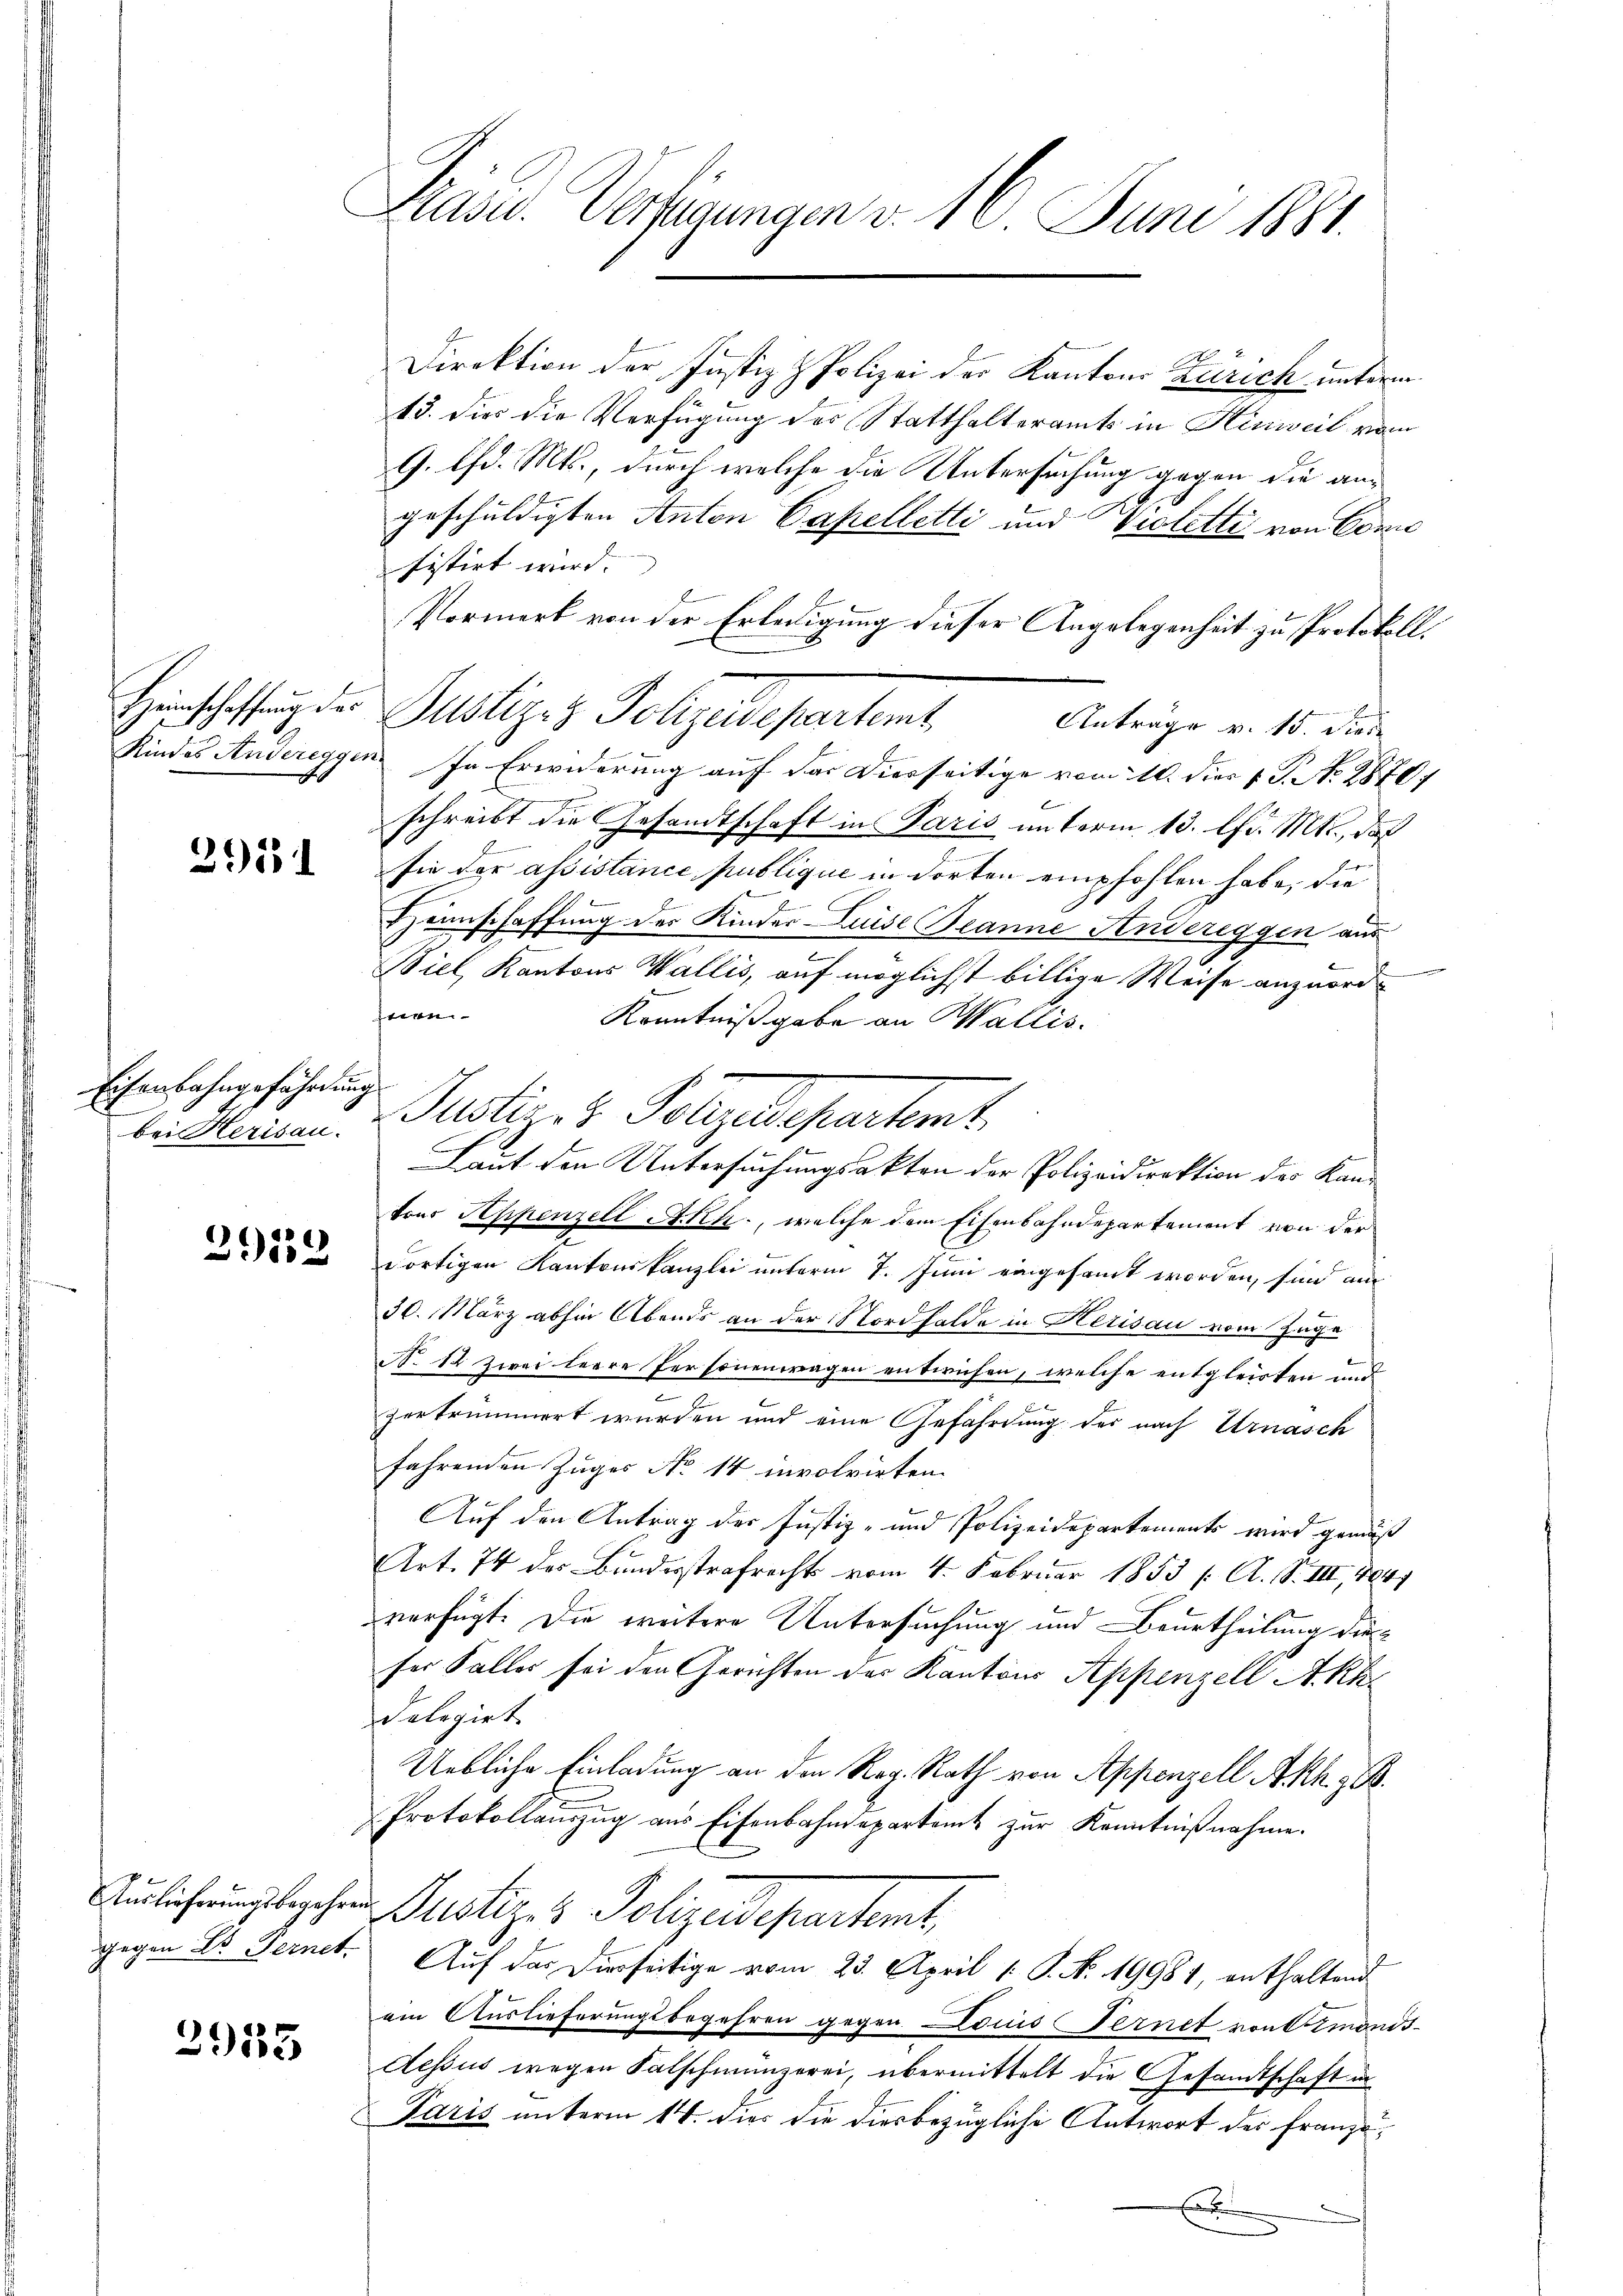
2913

Eisenbahngefährdung.
bei Herisau.

2912

gegen Dr. Fernet.

29185

Präsid. Verfügungen v. 16. Juni 1881.

Direktion der Justiz & Polizei der Kantons Zürich unterm
13. Dies die Verfügung des Statthalteramts in Hinweil vom
G. lfd. Mts., durch welche die Untersuchung gegen die angeschuldigten Anton Capelletti und Wieletti von Con
tistirt wird.
Vormerk von der Erledigung dieser Angelegenheit zu Protokoll.
e
Anträge v. 15. Die
Kindes Andereggen. In Erwiderung auf das Dierseitige vom 10. dies v. J. No. 2870/
schreibt die Gesandtschaft in Paris unterm 13. lfd. Mts., daß
sie der assistance publique in dorten empfohlen habe, die
2
Hönnschaffung der Kinder-Luise Beanne Andereggen aus
Siel, Kantons Wallis, auf möglichst billige Weise anzuordferen
Kenntniß gabe an Wallis.
Justiz & Polyedetentent
tons Appenzell Akk., welche dem Eisenbahndepartement von der
dortigen Kantonskanzlei unterm 7. Juni eingesamt worden, sind aus
30. März abhin Abends an der Nordhalde in Herisau vom Zuge
No 12 Zwei leere Personenwagen entwichen, welche entgleichen und
e
E
zertrümmert wurden und eine Gefährdung der nach Urnasch
fahrenden Zuges No 14 involvirten
Auf den Antrag der Justiz- und Polizeidepartements wird gemäß
Art. 74 des Bundesstrafrechts vom 4. Februar 1853 /: A. S. III, 194
verfügt: Die weitere Untersuchung und Beurtheilung dieser Falles sei den Gerichten des Kantons Appenzell Akk
delegirt.
Uebliche Einladung an den Reg. Rath von Appenzell Akh z. B.
Protokollauszug aus Eisenbahndepartamt zur Kenntnißnahme.
Auslicherungsbegehen Justiz- & Polizeidepartemt,
Auf das Dierseitige vom 23. April 1 S. No. 19981, enthaltend
ain Auslieferungsbegehren gegen Louis Fernet von Simond-
Aessus wegen Falschmünzerei, übermittelt die Gesandtschaft in
Paris unterm 14. dies die diesbezügliche Antwort der Franzö¬

Hirnschaffung der Polizez Polizeidepartemt,

Laut den Untersuchungsakten der Polizeidirektion des Kan